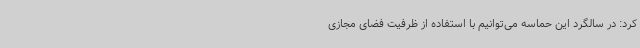
کرد: در سالگرد این حماسه می‌توانیم با استفاده از ظرفیت فضای مجازی